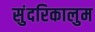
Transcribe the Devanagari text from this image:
सुंदरिकालुम